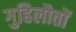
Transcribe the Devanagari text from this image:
गुहिलौतों